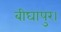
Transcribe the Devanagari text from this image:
बीघापुर।